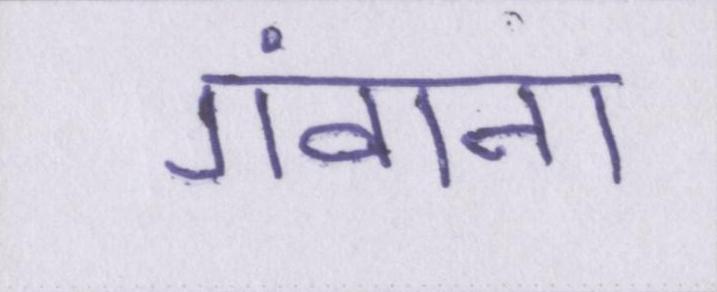
गंवाना